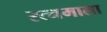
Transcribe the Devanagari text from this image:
रत्‍नमाला